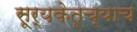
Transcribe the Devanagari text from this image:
सूर्यकेतूच्याच